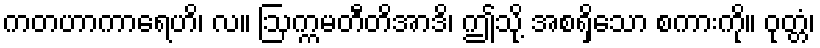
ကတဟာကာရေဟိ၊ လ။ ဩက္ကမတီတိအာဒိ၊ ဤသို့ အစရှိသော စကားကို။ ဝုတ္တံ၊